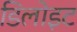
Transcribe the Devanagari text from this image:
डिलोइट